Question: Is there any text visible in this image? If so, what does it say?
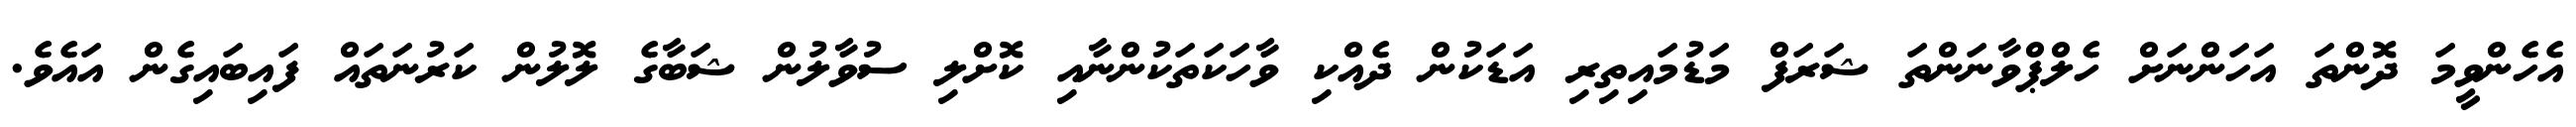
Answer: އެހެންވީމަ ދޮންތަ އަހަންނަށް ހެލްޕްވާނަންތަ ޝަރަފް މަޑުމައިތިރި އަޑަކުން ދެއްކި ވާހަކަތަކުންނާއި ކޮށްލި ސުވާލުން ޝަބާގެ ލޮލުން ކަރުނަތައް ފައިބައިގެން އައެވެ.